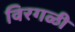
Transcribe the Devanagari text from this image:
विरगळी